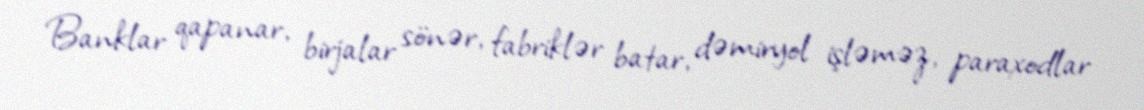
Banklar qapanar, birjalar sönər, fabriklər batar, dəmiryol işləməz, paraxodlar